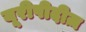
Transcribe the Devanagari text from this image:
यूरीपीदीज़